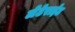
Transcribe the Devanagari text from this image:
लेटेराईट